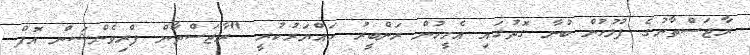
ރާޖަސްތާނުގެ ފުލުހުން ބުނާ ގޮތުގައި އެމީހުން ރަންބީރު ހައްޔަރުކުރީ "ރާޖަސްތާން ޕްރިވެންޝަން އޮފް